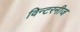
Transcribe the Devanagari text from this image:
विन्टरनीज